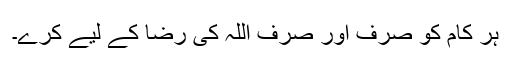
ہر کام کو صرف اور صرف اللہ کی رضا کے لیے کرے۔